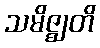
သမိဇ္ဈတိ